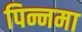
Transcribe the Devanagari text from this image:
पिन्नमा